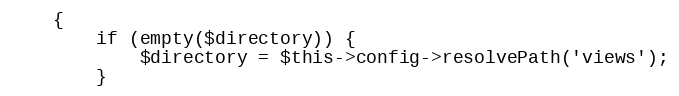
Language: PHP
	{
		if (empty($directory)) {
			$directory = $this->config->resolvePath('views');
		}